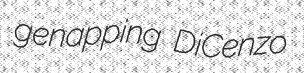
genapping DiCenzo